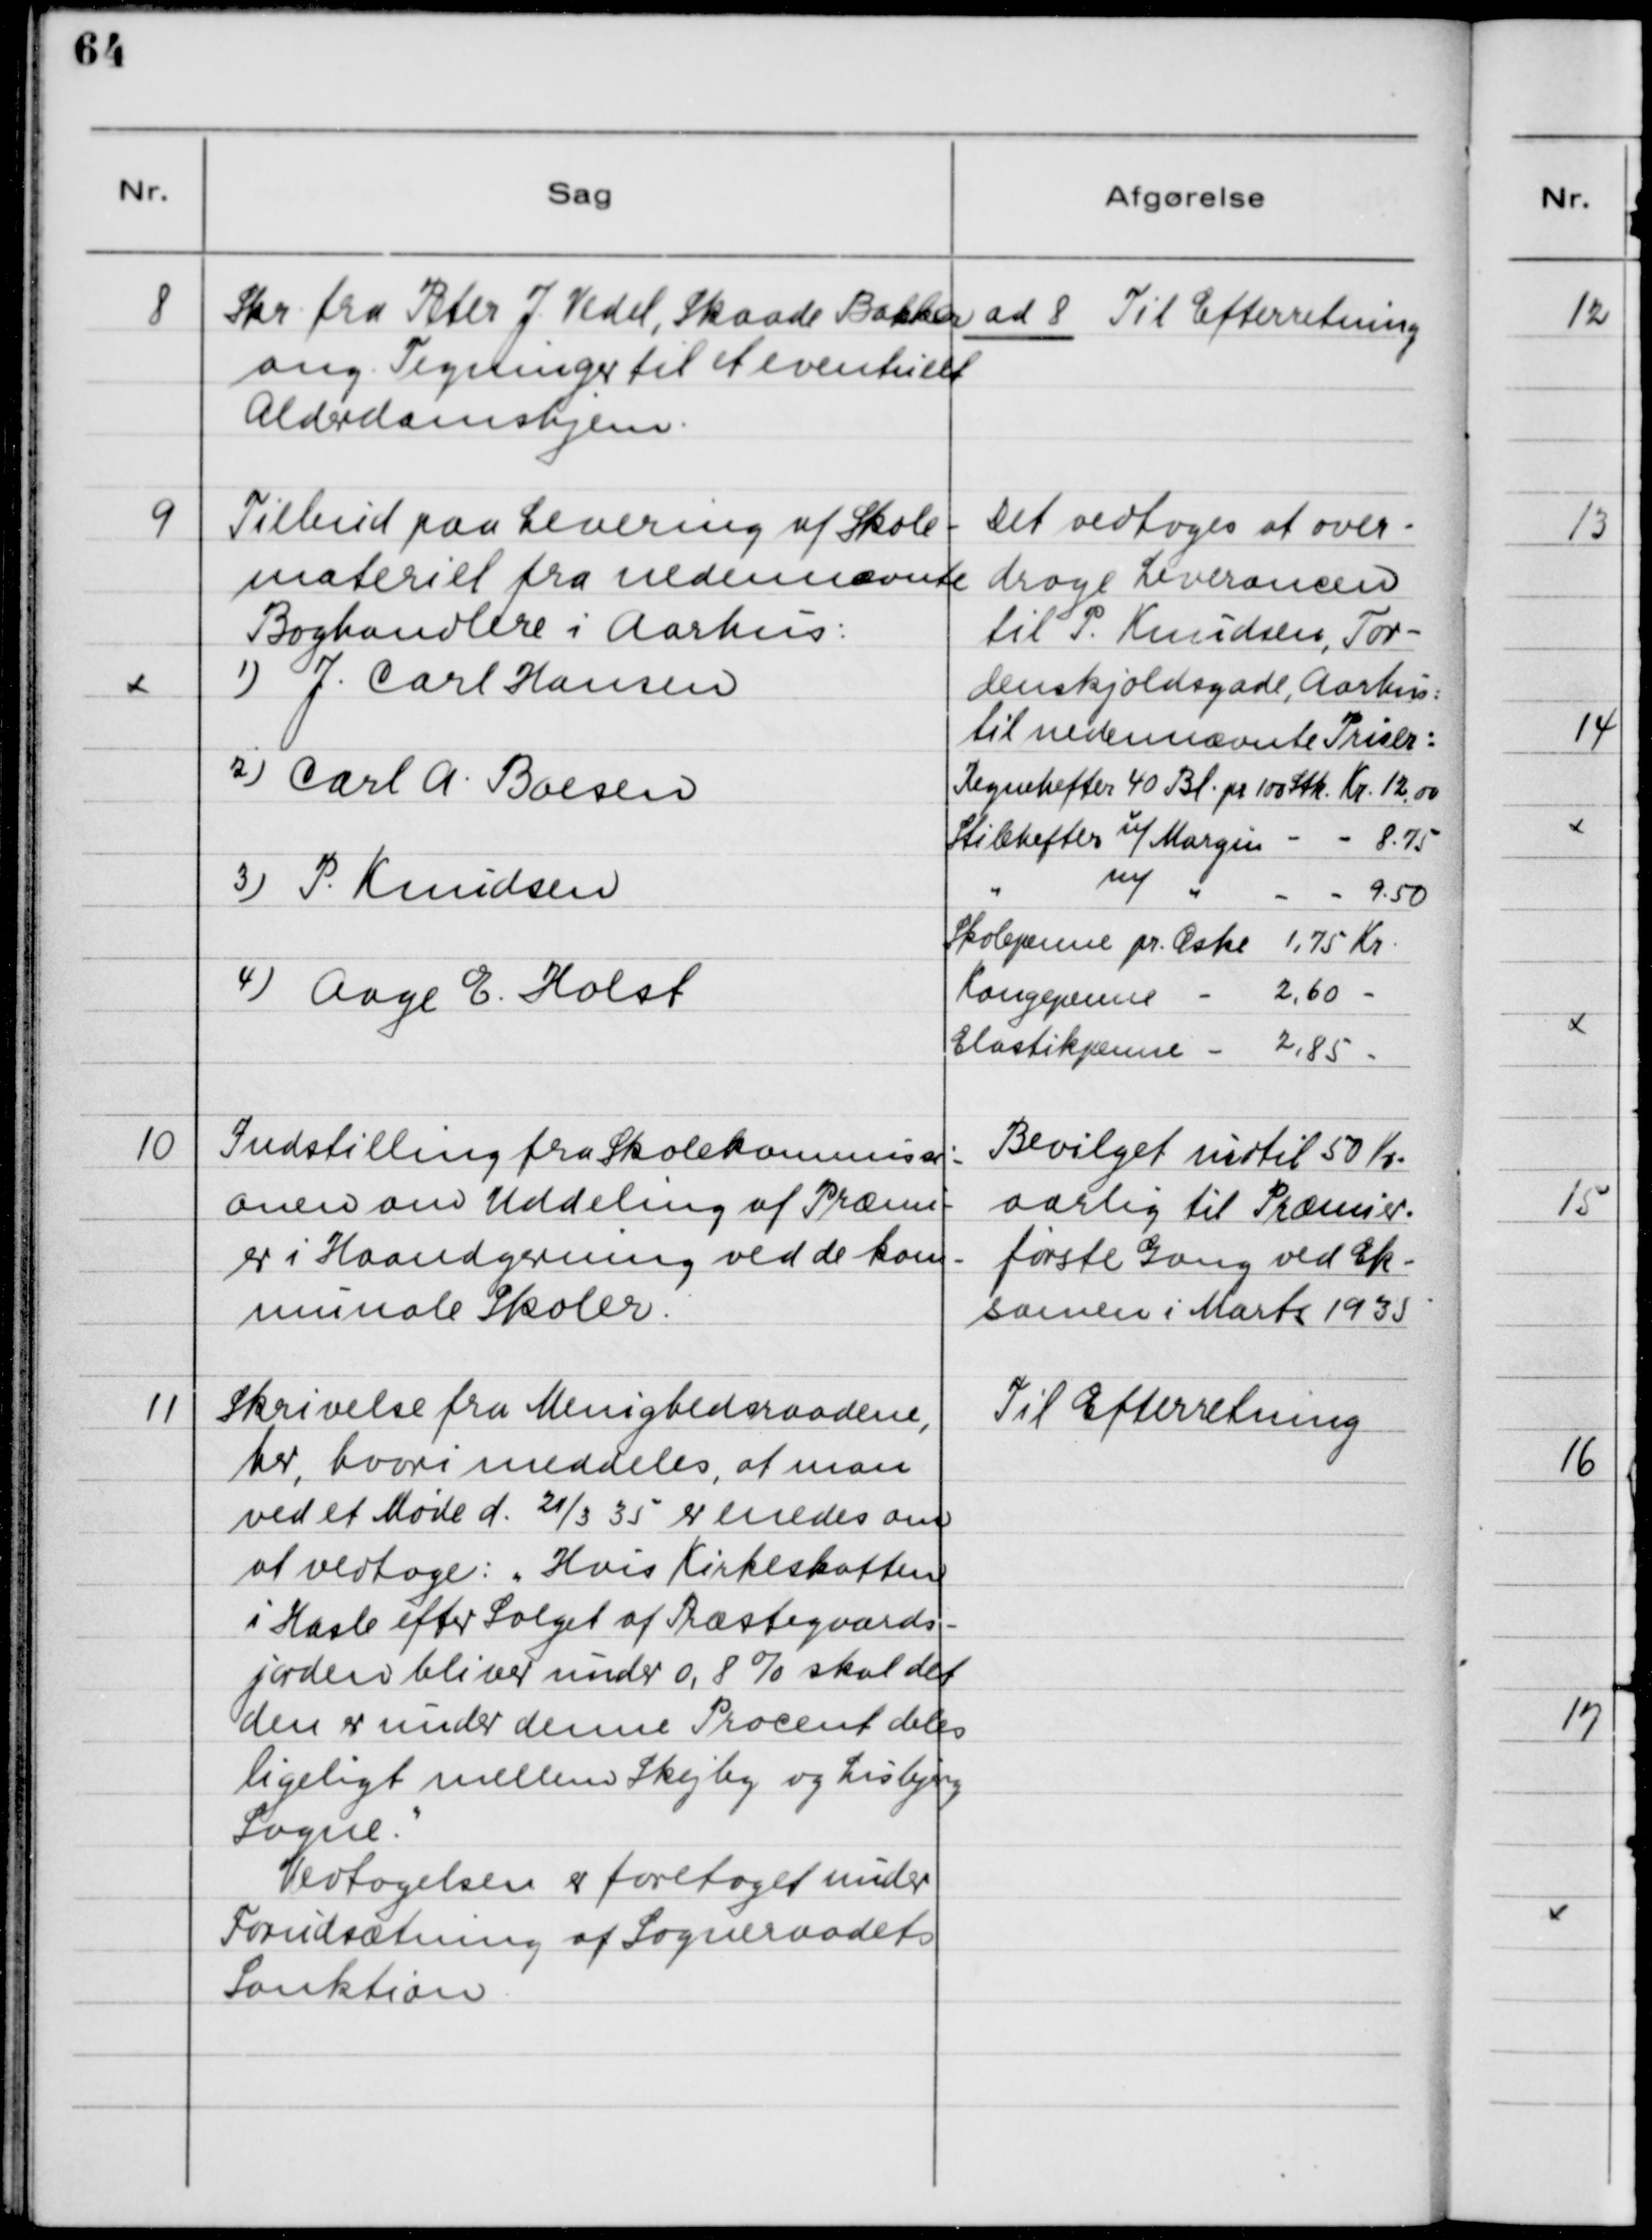
Transskription:
8

Skr. fra Peter J. Vedel, Skaade Bakker
ang. Tegninger til et eventuelt
Alderdomshjem.

ad 8. Til Efterretning

9

Tilbud paa Levering af Skole-
materiel fra nedennævnte
Boghandlere i Aarhus:
1) J. Carl Hansen
2) Carl A. Boesen
3) P. Knudsen
4) Aage E. Holst

Det vedtoges at over-
drage Leverencen
til P. Knudsen, Tor-
denskjoldsgade, Aarhus
til nedennævnte Priser:
Regnehefter 40 Bl. pr. 100 Stk. Kr. 12,00
Stilehefter u/Margin - - 8,75
m/
" 
- 
- 9,50 
"
Skolepenne pr. Æske 1,75 Kr.
Kongepenne 
- 
2,60 - 
Elastikpenne - 
2,85 -

10

Indstilling fra Skolekommissi-
onen om Uddeling af Præmi-
er i Haandgerning ved de kom-
munale Skoler.

Bevilget indtil 50 Kr.
aarlig til Præmier
første Gang ved Ek-
samen i Marts 1935.

11

Skrivelse fra Menighedsraadene,
her, hvori meddeles, at man
ved et Møde d. 21/3 35 er enedes om
at vedtage: "Hvis Kirkeskatten
i Hasle efter Salget af Præstegaards-
jorden bliver under 0,8 % skal det
den er under denne Procent deles
ligeligt mellem Skejby og Lisbjerg
Sogne."
Vedtagelsen er foretaget under
Forudsætning af Sogneraadets
Sanktion.

Til Efterretning